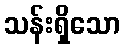
သန်းရှိသော